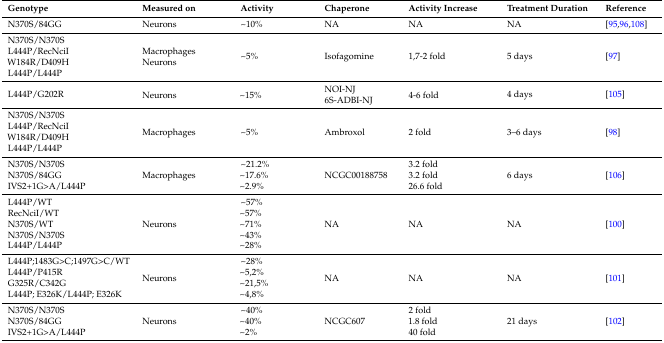
| Genotype | Measured on | Activity | Chaperone | Activity Increase | Treatment Duration | Reference |
 | --- | --- | --- | --- | --- | --- | --- |
 | N370S/84GG | Neurons | ~10% | NA | NA | NA | [95,96,108] |
 | N370S/N370SL444P/RecNciIW184R/D409HL444P/L444P | MacrophagesNeurons | ~5% | Isofagomine | 1,7-2 fold | 5 days | [97] |
 | <ROWSPAN=2> L444P/G202R | <ROWSPAN=2> Neurons | <ROWSPAN=2> ~15% | NOI-NJ | <ROWSPAN=2> 4-6 fold | <ROWSPAN=2> 4 days | <ROWSPAN=2> [105] |
 | 6S-ADBI-NJ |
 | N370S/N370SL444P/RecNciIW184R/D409HL444P/L444P | Macrophages | ~5% | Ambroxol | 2 fold | 3–6 days | [98] |
 | N370S/N370SN370S/84GGIVS2+1G>A/L444P | Macrophages | ~21.2%~17.6%~2.9% | NCGC00188758 | 3.2 fold3.2 fold26.6 fold | 6 days | [106] |
 | L444P/WTRecNciI/WTN370S/WTN370S/N370SL444P/L444P | Neurons | ~57%~57%~71%~43%~28% | NA | NA | NA | [100] |
 | L444P;1483G>C;1497G>C/WTL444P/P415RG325R/C342GL444P; E326K/L444P; E326K | Neurons | ~28%~5,2%~21,5%~4,8% | NA | NA | NA | [101] |
 | N370S/N370SN370S/84GGIVS2+1G>A/L444P | Neurons | ~40%~40%~2% | NCGC607 | 2 fold1.8 fold40 fold | 21 days | [102] |